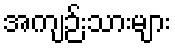
အကျဉ်းသားများ